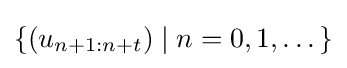
\{(u_{n+1:n+t})\mid n=0,1,\dots \}